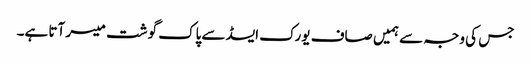
جس کی وجہ سے ہمیں صاف یورک ایسڈ سے پاک گوشت میسر آتا ہے۔